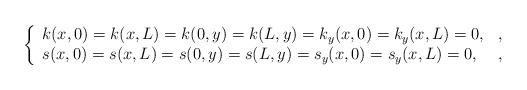
LaTeX: \begin{align*}\left\lbrace\begin{array}{l l }k(x,0)=k(x,L)=k(0,y)=k(L,y)=k_y(x,0)=k_y(x,L)=0, & , \\s(x,0)=s(x,L)=s(0,y)=s(L,y)=s_y(x,0)=s_y(x,L)=0, & , \end{array}\right.\end{align*}